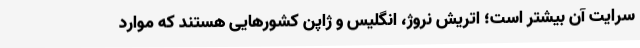
سرایت آن بیشتر است؛ اتریش نروژ، انگلیس و ژاپن کشور‌هایی هستند که موارد